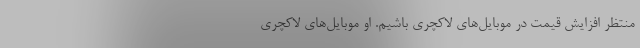
منتظر افزایش قیمت در موبایل‌های لاکچری باشیم. او موبایل‌های لاکچری